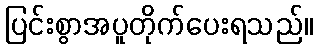
ပြင်းစွာအပူတိုက်ပေးရသည်။